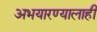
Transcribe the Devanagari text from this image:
अभयारण्यालाही